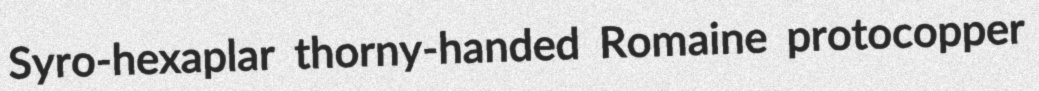
Syro-hexaplar thorny-handed Romaine protocopper